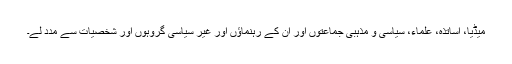
میڈیا، اساتذہ، علماء، سیاسی و مذہبی جماعتوں اور ان کے رہنماؤں اور غیر سیاسی گروہوں اور شخصیات سے مدد لے۔